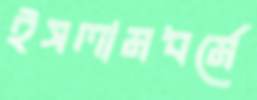
ইসলামধর্মে